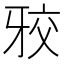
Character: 𭷑